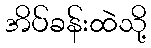
အိပ်ခန်းထဲသို့